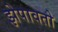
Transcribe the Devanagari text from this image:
झेपावतो